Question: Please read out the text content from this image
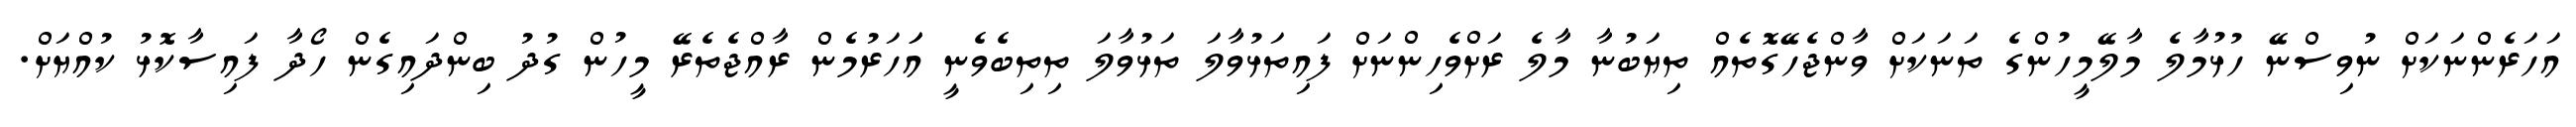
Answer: އަހަރެންނަކަށް ނުވިސްނޭ ހުޅުމާލެ މާލޭމީހުންގެ ތަނަކަށް ވާންޖެހޭގޮތެއް ތިޔަބުނާ މާލެ ރަށްވެހިންނަށް ފައިތަޅުވާލަ ތަޅުވާލަ ތިތިބެވެނީ އަަހަރުމެން ރާއްޖެތެރޭ މީހުން ގުދު ބިންދައިގެން ހޯދާ ފައިސާކޮޅު ކުއްޔަށް.